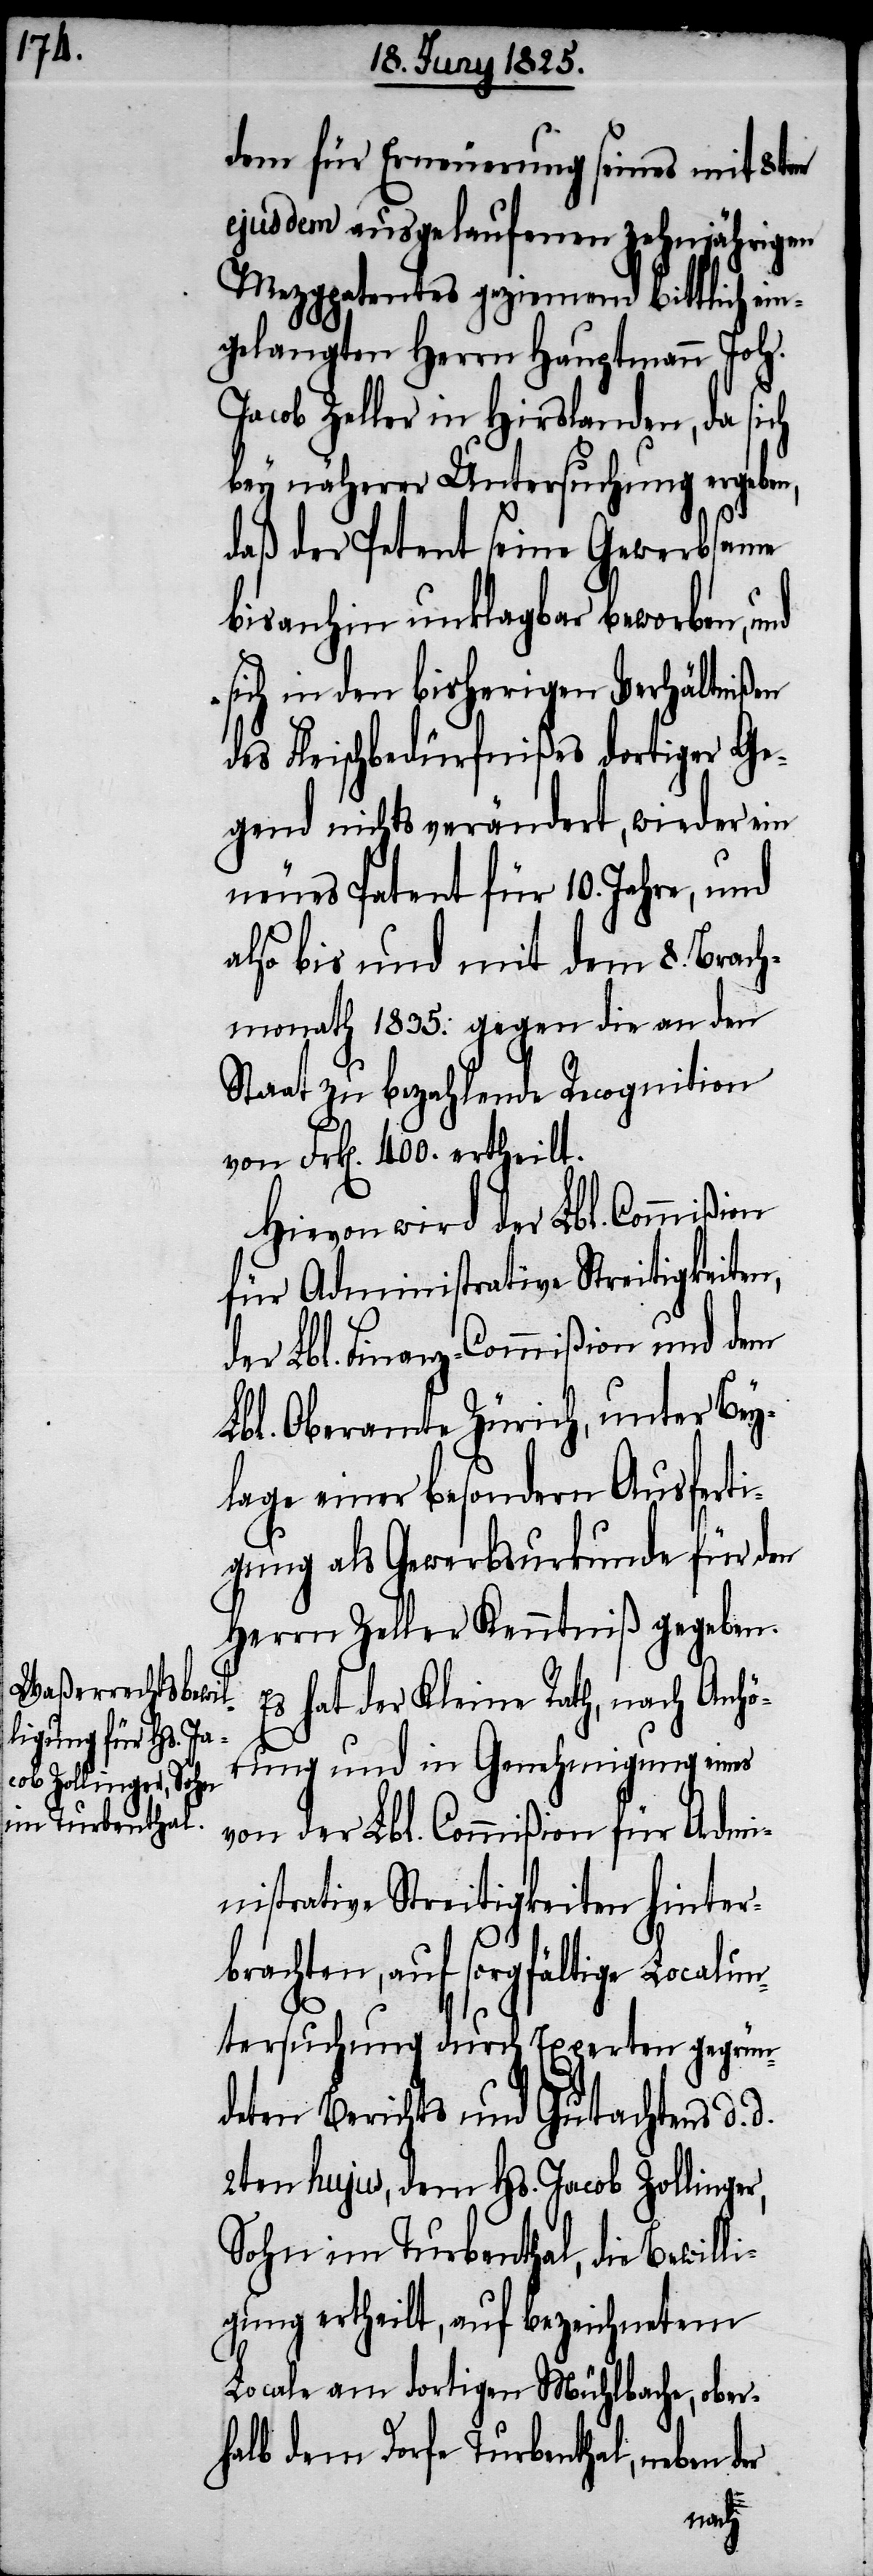
dem für Erneuerung seines mit 8tem
ejusdem ausgelaufenen zehnjährigen
Mezgpatentes geziemend bittlich ein¬
gelangten Herrn Hauptmann Joh.
Jacob Zeller in Hirslanden, da sich
bey näherer Untersuchung ergeben,
daß der Petent seine Gewerbsame
bisanhin unklagbar beworben, und
sich in den bisherigen Verhältnißen
des Fleischbedürfnißes dortiger Ge¬
gend nichts verändert, wieder ein
neues Patent für 10. Jahre, und
also bis und mit dem 8. Brach¬
monath 1835. gegen die an den
Staat zu bezahlende Recognition
von Frk[en]. 400. ertheilt.
Hievon wird der Lbl. Commißion
für Administrative Streitigkeite¬
er Lbl. Finanz-Commißion und dem
Lbl. Oberamte Zürich, unter Bey¬
lage einer besondern Ausferti¬
gung als Gewerbsurkunde für den
Herrn Zeller Kenntniß gegeben.
Es hat der Kleine Rath, nach Anhö¬
rung und in Genehmigung eines
von der Lbl. Commißion für Admi¬
nistrative Streitigkeiten hinter¬
brachten, auf sorgfältige Localun¬
tersuchung durch Experten gegrün¬
deten Berichts und Gutachtens d.
2ten hujus, dem Hs. Jacob Zollinger,
Sohn im Turbenthal, die Bewilli¬
gung ertheilt, auf bezeichnetem
d¬
Locale am dortigen Mühlbache, ober¬
halb dem Dorfe Turbenthal, neben